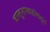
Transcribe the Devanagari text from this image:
वास्तुशास्त्रज्ञांकडून